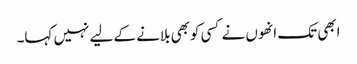
ابھی تک انھوں نے کسی کوبھی بلانے کے لیے نہیں کہا۔